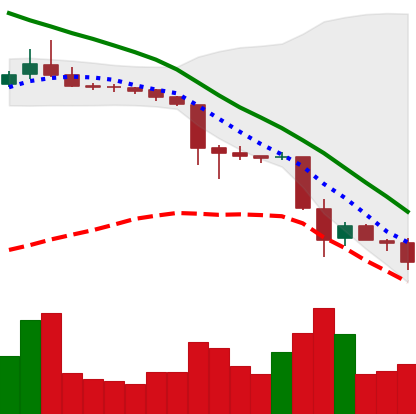
Ticker: TRX-USD
Chart end date: 2018-11-24
Forward return: 25.08%
Label: up_7plus